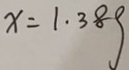
x = 1 . 3 8 g